Report on vaccination in Madras 1895-1903 - 1895-1903
Year: 1895
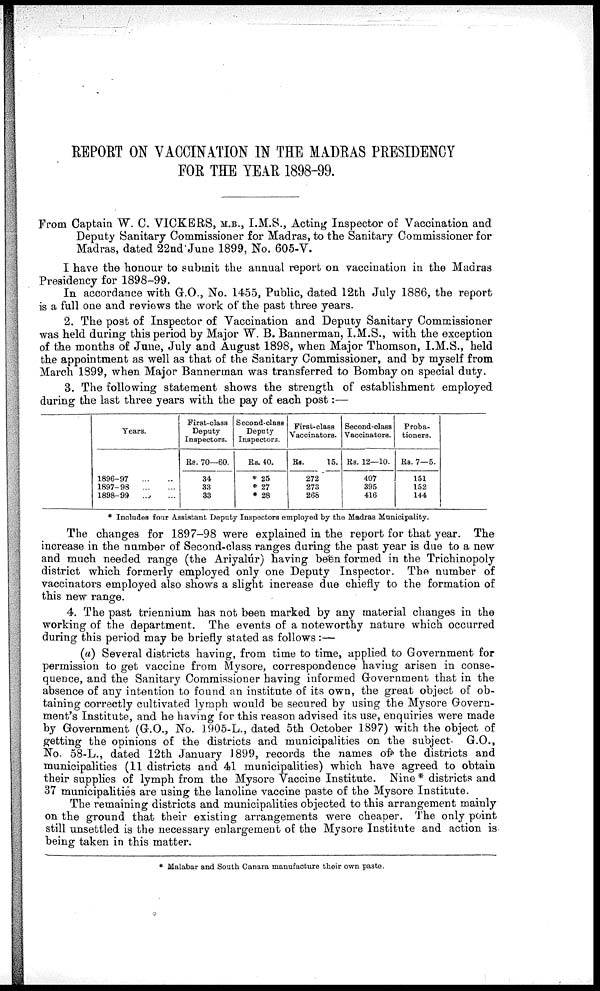
REPORT ON VACCINATION IN THE MADRAS PRESIDENCY
FOR THE YEAR 1898-99.
From Captain W. C. VICKERS, M.B., I.M.S., Acting Inspector of Vaccination and
Deputy Sanitary Commissioner for Madras, to the Sanitary Commissioner for
Madras, dated 22nd June 1899, No. 605-V.
I have the honour to submit the annual report on vaccination in the Madras
Presidency for 1898-99.
In accordance with G.O., No. 1455, Public, dated 12th July 1886, the report
is a full one and reviews the work of the past three years.
2. The post of Inspector of Vaccination and Deputy Sanitary Commissioner
was held during this period by Major W. B. Bannerman, I.M.S., with the exception
of the months of June, July and August 1898, when Major Thomson, I.M.S., held
the appointment as well as that of the Sanitary Commissioner, and by myself from
March 1899, when Major Bannerman was transferred to Bombay on special duty.
3. The following statement shows the strength of establishment employed
during the last three years with the pay of each post:—
Years.
1896-97
...
...
1897-98
...
...
1898-99 ... ...
First-class
Deputy
Inspectors.
Rs. 70—60.
34
33
33
Second-class
Deputy
Inspectors.
Rs. 40.
* 25
* 27
* 28
First-class
Vaccinators.
Rs.
15.
272
273
268
Second-class
Vaccinators.
Rs. 12—10.
407
395
416
Proba-
tioners.
Rs. 7—5.
151
152
144
* Includes four Assistant Deputy Inspectors employed by the Madras Municipality.
The changes for 1897-98 were explained in the report for that year. The
increase in the number of Second-class ranges during the past year is due to a new
and much needed range (the Ariyalúr) having been formed in the Trichinopoly
district which formerly employed only one Deputy Inspector. The number of
vaccinators employed also shows a slight increase due chiefly to the formation of
this new range.
4. The past triennium has not been marked by any material changes in the
working of the department. The events of a noteworthy nature which occurred
during this period may be briefly stated as follows :—
(a) Several districts having, from time to time, applied to Government for
permission to get vaccine from Mysore, correspondence having arisen in conse-
quence, and the Sanitary Commissioner having informed Government that in the
absence of any intention to found an institute of its own, the great object of ob-
taining correctly cultivated lymph would be secured by using the Mysore Govern-
ment's Institute, and he having for this reason advised its use, enquiries were made
by Government (G.O., No. 1905-L., dated 5th October 1897) with the object of
getting the opinions of the districts and municipalities on the subject. G.O.,
No. 58-L., dated 12th January 1899, records the names of the districts and
municipalities (11 districts and 41 municipalities) which have agreed to obtain
their supplies of lymph from the Mysore Vaccine Institute. Nine * districts and
37 municipalities are using the lanoline vaccine paste of the Mysore Institute.
The remaining districts and municipalities objected to this arrangement mainly
on the ground that their existing arrangements were cheaper. The only point
still unsettled is the necessary enlargement of the Mysore Institute and action is
being taken in this matter.
* Malabar and South Canara manufacture their own paste.